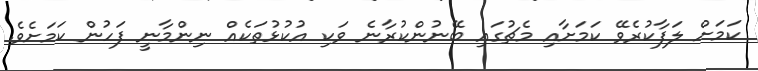
ކަމަށް ލަފާކުރެވޭ ކަމަށާއި މެޗުގައި ބޭނުންކުރާނެ ވަކި އުކުޅުތަކެއް ނިންމާނީ ފަހުން ކަމަށެވެ.